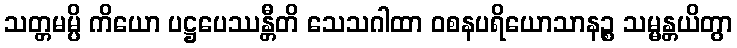
သတ္တမမ္ပိ ကိယော ပဋ္ဌပေဿန္တီတိ သေသဂါထာ ဝစနပရိယောသာနဉ္စ သမ္မန္တယိတွာ